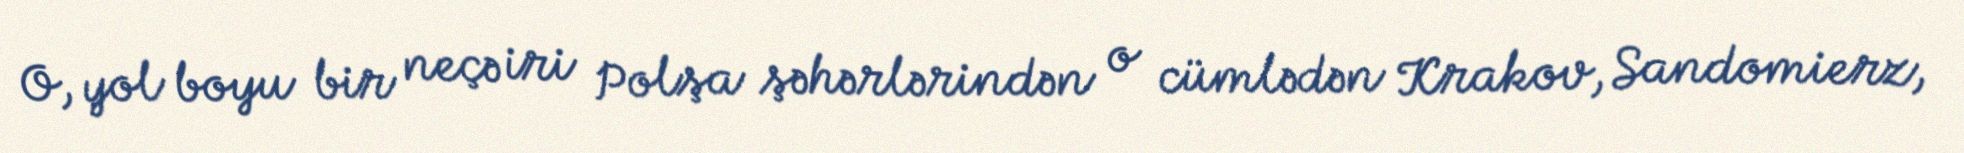
O, yol boyu bir neçə iri Polşa şəhərlərindən o cümlədən Krakov, Sandomierz,